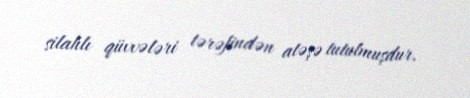
silahlı qüvvələri tərəfindən atəşə tutulmuşdur.